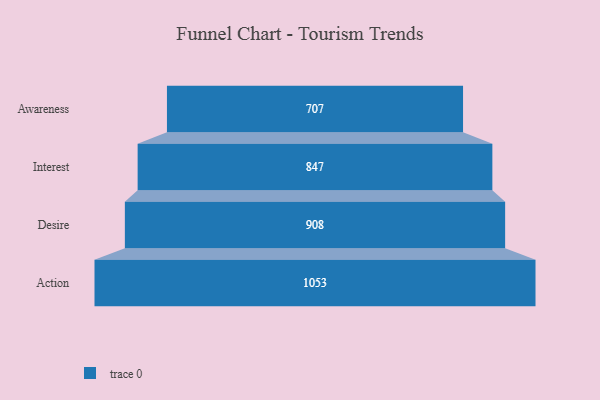
{"axis": {"x": "Stage", "y": "Value"}, "legend": [""], "data": [{"x": "Awareness", "y": 707.0, "type": ""}, {"x": "Interest", "y": 847.0, "type": ""}, {"x": "Desire", "y": 908.0, "type": ""}, {"x": "Action", "y": 1053.0, "type": ""}]}